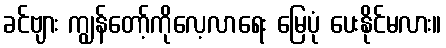
ခင်ဗျား ကျွန်တော့်ကိုလေ့လာရေး မြေပုံ ပေးနိုင်မလား။